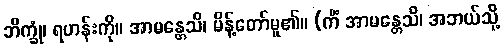
ဘိက္ခုံ၊ ရဟန်းကို။ အာမန္တေသိ၊ မိန့်တော်မူ၏။ (ကိံ အာမန္တေသိ၊ အဘယ်သို့